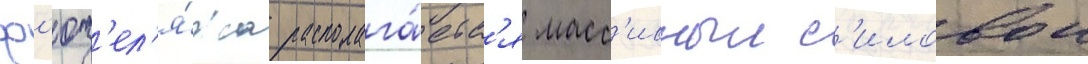
ф'юз'ел'я́жа располага́етс'я масс'ивныи с'иловои